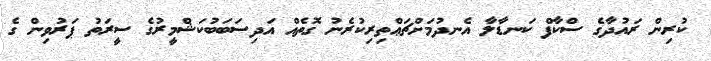
ކުރިން ރައުދާގެ ސްކާފް ކަނޑާލާ އެނދުމަށްޗަޢްތިރިކުރެނު ގޮތެއް އަދިސަބަބުކަޝްމީރުގެ ސީރަތު ޕަރުވިން ގެ